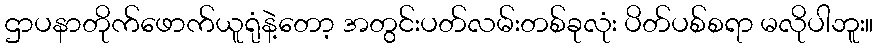
ဌာပနာတိုက်ဖောက်ယူရုံနဲ့တော့ အတွင်းပတ်လမ်းတစ်ခုလုံး ပိတ်ပစ်စရာ မလိုပါဘူး။